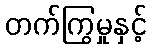
တက်ကြွမှုနှင့်